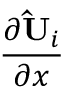
\frac { \partial { \mathbf { \hat { U } } _ { i } } } { \partial x }